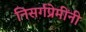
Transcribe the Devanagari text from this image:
निसर्गप्रेमींनी